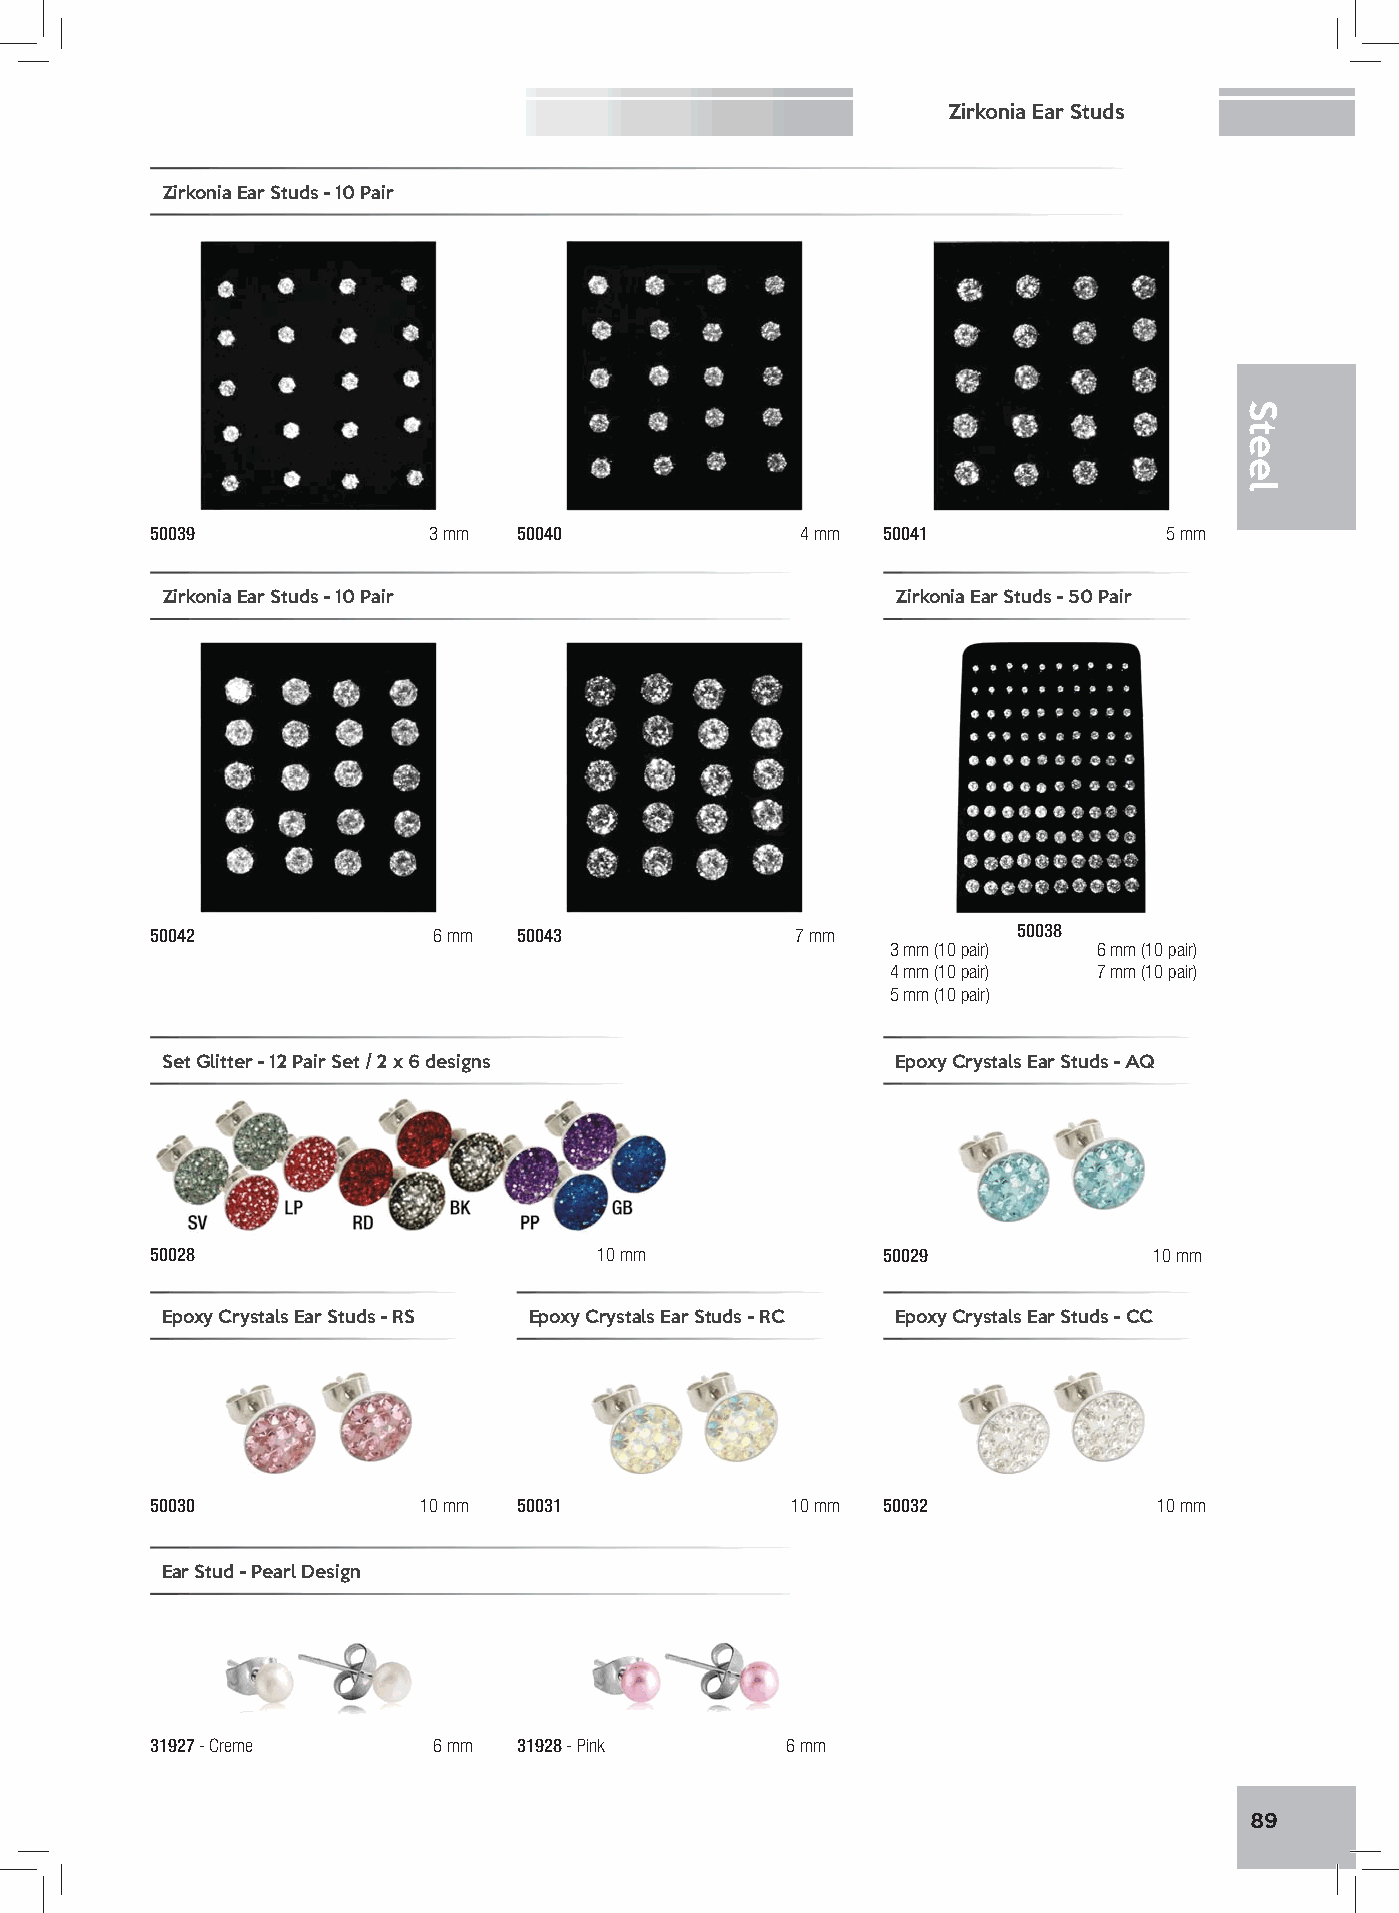
Zirkonia Ear Studs
 Zirkonia Ear Studs - 10 Pair
 50039             3 mm  50040              4 mm 50041              5 mm
 Zirkonia Ear Studs - 10 Pair                    Zirkonia Ear Studs - 50 Pair
 50042              6 mm 50043              7 mm          50038
 3 mm (10 pair) 6 mm (10 pair)
 4 mm (10 pair) 7 mm (10 pair)
 5 mm (10 pair)
 Set Glitter - 12 Pair Set / 2 x 6 designs       Epoxy Crystals Ear Studs - AQ
 50028                         10 mm             50029             10 mm
 Epoxy Crystals Ear Studs - RS Epoxy Crystals Ear Studs - RC Epoxy Crystals Ear Studs - CC
 50030             10 mm 50031             10 mm 50032              10 mm
 Ear Stud - Pearl Design
 31927 - Creme      6 mm 31928 - Pink      6 mm
 89
 Steel